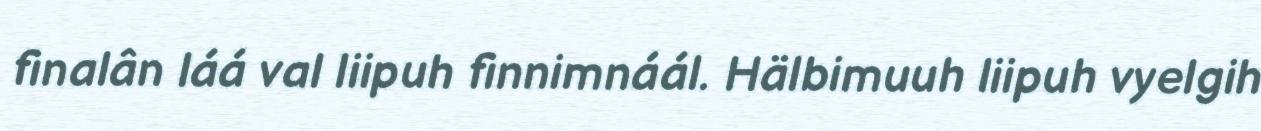
finalân láá val liipuh finnimnáál. Hälbimuuh liipuh vyelgih